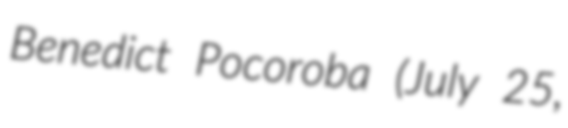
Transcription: Benedict Pocoroba (July 25,